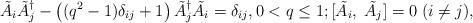
LaTeX: \begin{align*} \tilde A_i\tilde A_j^\dagger - \left((q^2-1)\delta_{ij}+1\right) \tilde A_j^\dagger \tilde A_i = \delta_{ij}, 0 < q\le 1;[\tilde A_i,\;\tilde A_j] = 0 \; (i\neq j),\end{align*}